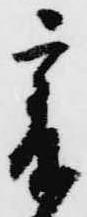
爰